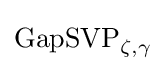
\mathrm {GapSVP} _{\zeta ,\gamma }